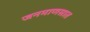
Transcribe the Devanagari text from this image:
जनमाणसात